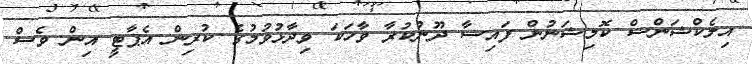
އިލެކްޝަންސް ކޮމިޝަނުން ފައިސާ ދޫނުކުރާ ވާހަކަ ވިދާޅުވުމުގެ ކުރިން އެޕާޓީ އިން ވެސް